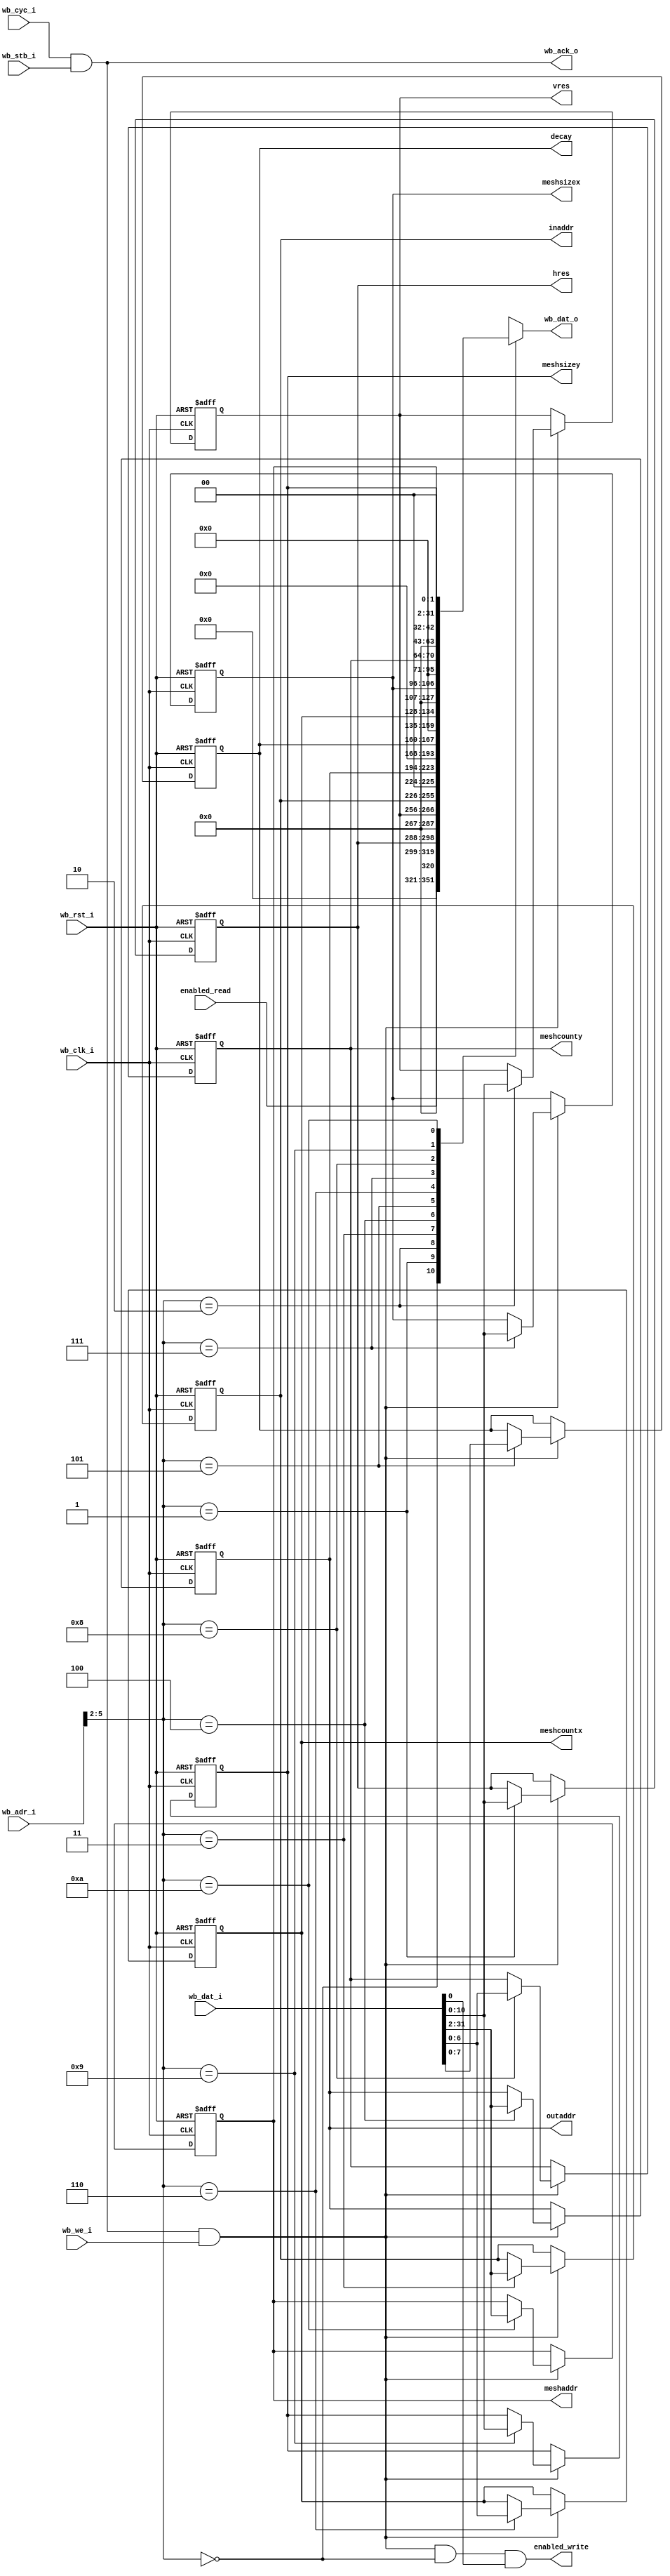
/*
 * Image warping and decay, WISHBONE control interface
 * Copyright (C) 2008 Sebastien Bourdeauducq - http://lekernel.net
 * This file is part of Milkymist.
 *
 * Milkymist is free software; you can redistribute it and/or modify it
 * under the terms of the GNU Library General Public License as published
 * by the Free Software Foundation; either version 2, or (at your option)
 * any later version.
 *
 * This program is distributed in the hope that it will be useful,
 * but WITHOUT ANY WARRANTY; without even the implied warranty of
 * MERCHANTABILITY or FITNESS FOR A PARTICULAR PURPOSE.  See the GNU
 * Library General Public License for more details.
 *
 * You should have received a copy of the GNU Library General Public
 * License along with this program; if not, write to the Free Software
 * Foundation, Inc., 51 Franklin Street, Fifth Floor, Boston, MA 02110-1301,
 * USA.
 */

module warpreg(
	input wb_clk_i,
	input wb_rst_i,
	
	/* WISHBONE interface */
	input [31:0] wb_adr_i,
	input wb_cyc_i,
	input wb_stb_i,
	input wb_we_i,
	output wb_ack_o,
	output reg [31:0] wb_dat_o,
	input [31:0] wb_dat_i,
	
	/* Control signals and registers */
	output enabled_write,		// 00 (0)
	input enabled_read,		// 00 (0)
	output reg [10:0] hres,		// 04 (1)
	output reg [10:0] vres,		// 08 (2)
	output reg [29:0] inaddr,	// 0C (3)
	output reg [29:0] outaddr,	// 10 (4)
	output reg [7:0] decay,		// 14 (5)
	output reg [6:0] meshcountx,	// 18 (6)
	output reg [10:0] meshsizex,	// 1C (7)
	output reg [6:0] meshcounty,	// 20 (8)
	output reg [10:0] meshsizey,	// 24 (9)
	output reg [29:0] meshaddr	// 28 (a)
);

always @(posedge wb_clk_i or posedge wb_rst_i) begin
	if(wb_rst_i) begin
		hres <= 640;
		vres <= 480;
		inaddr <= 0;
		outaddr <= 0;
		decay <= 8'h80;
		meshcountx <= 22;
		meshsizex <= 26;
		meshcounty <= 16;
		meshsizey <= 26;
		meshaddr <= 0;
	end else begin
		if(wb_cyc_i & wb_stb_i & wb_we_i) begin
			case(wb_adr_i[5:2])
				4'h1: hres <= wb_dat_i[10:0];
				4'h2: vres <= wb_dat_i[10:0];
				4'h3: inaddr <= wb_dat_i[31:2];
				4'h4: outaddr <= wb_dat_i[31:2];
				4'h5: decay <= wb_dat_i[7:0];
				4'h6: meshcountx <= wb_dat_i[6:0];
				4'h7: meshsizex <= wb_dat_i[10:0];
				4'h8: meshcounty <= wb_dat_i[6:0];
				4'h9: meshsizey <= wb_dat_i[10:0];
				4'ha: meshaddr <= wb_dat_i[31:2];
			endcase
		end
	end
end
assign enabled_write = wb_cyc_i & wb_stb_i & wb_we_i & (wb_adr_i[5:2] == 4'h0) & wb_dat_i[0];

assign wb_ack_o = wb_cyc_i & wb_stb_i;

always @(wb_adr_i[5:2] or enabled_read or hres or vres or inaddr or outaddr or decay or meshcountx or meshsizex or meshcounty or meshsizey or meshaddr) begin
	case(wb_adr_i[5:2])
		4'h0: wb_dat_o <= enabled_read;
		4'h1: wb_dat_o <= hres;
		4'h2: wb_dat_o <= vres;
		4'h3: wb_dat_o <= {inaddr, 2'b00};
		4'h4: wb_dat_o <= {outaddr, 2'b00};
		4'h5: wb_dat_o <= decay;
		4'h6: wb_dat_o <= meshcountx;
		4'h7: wb_dat_o <= meshsizex;
		4'h8: wb_dat_o <= meshcounty;
		4'h9: wb_dat_o <= meshsizey;
		4'ha: wb_dat_o <= {meshaddr, 2'b00};
		default: wb_dat_o <= 32'hxxxxxxxx;
	endcase
end

endmodule